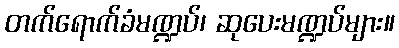
တက်ရောက်ခံမဏ္ဍပ်၊ ဆုပေးမဏ္ဍပ်များ။